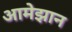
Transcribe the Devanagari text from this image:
आमेझान